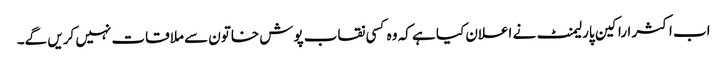
اب اکثر اراکین پارلیمنٹ نے اعلان کیا ہے کہ وہ کسی نقاب پوش خاتون سے ملاقات نہیں کریں گے۔